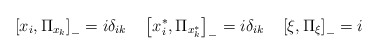
\begin{align*}\left[ x_{i},\Pi _{x_{k}}\right] _{-}=i\delta _{ik}\quad \left[x^{*}_{i},\Pi _{x_{k}^{*}}\right] _{-}=i\delta _{ik}\quad \left[ \xi ,\Pi_{\xi }\right] _{-}=i\end{align*}